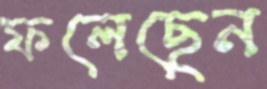
ফলেছেন